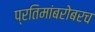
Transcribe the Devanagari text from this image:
प्रतिमांबरोबरच